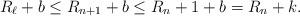
LaTeX: \begin{align*} R_\ell+b \leq R_{n+1}+b \leq R_n+1+b = R_n+k .\end{align*}